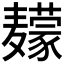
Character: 𱋮